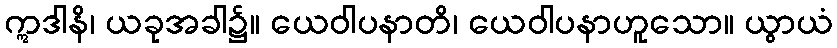
ဣဒါနိ၊ ယခုအခါ၌။ ယေဝါပနာတိ၊ ယေဝါပနာဟူသော။ ယွာယံ